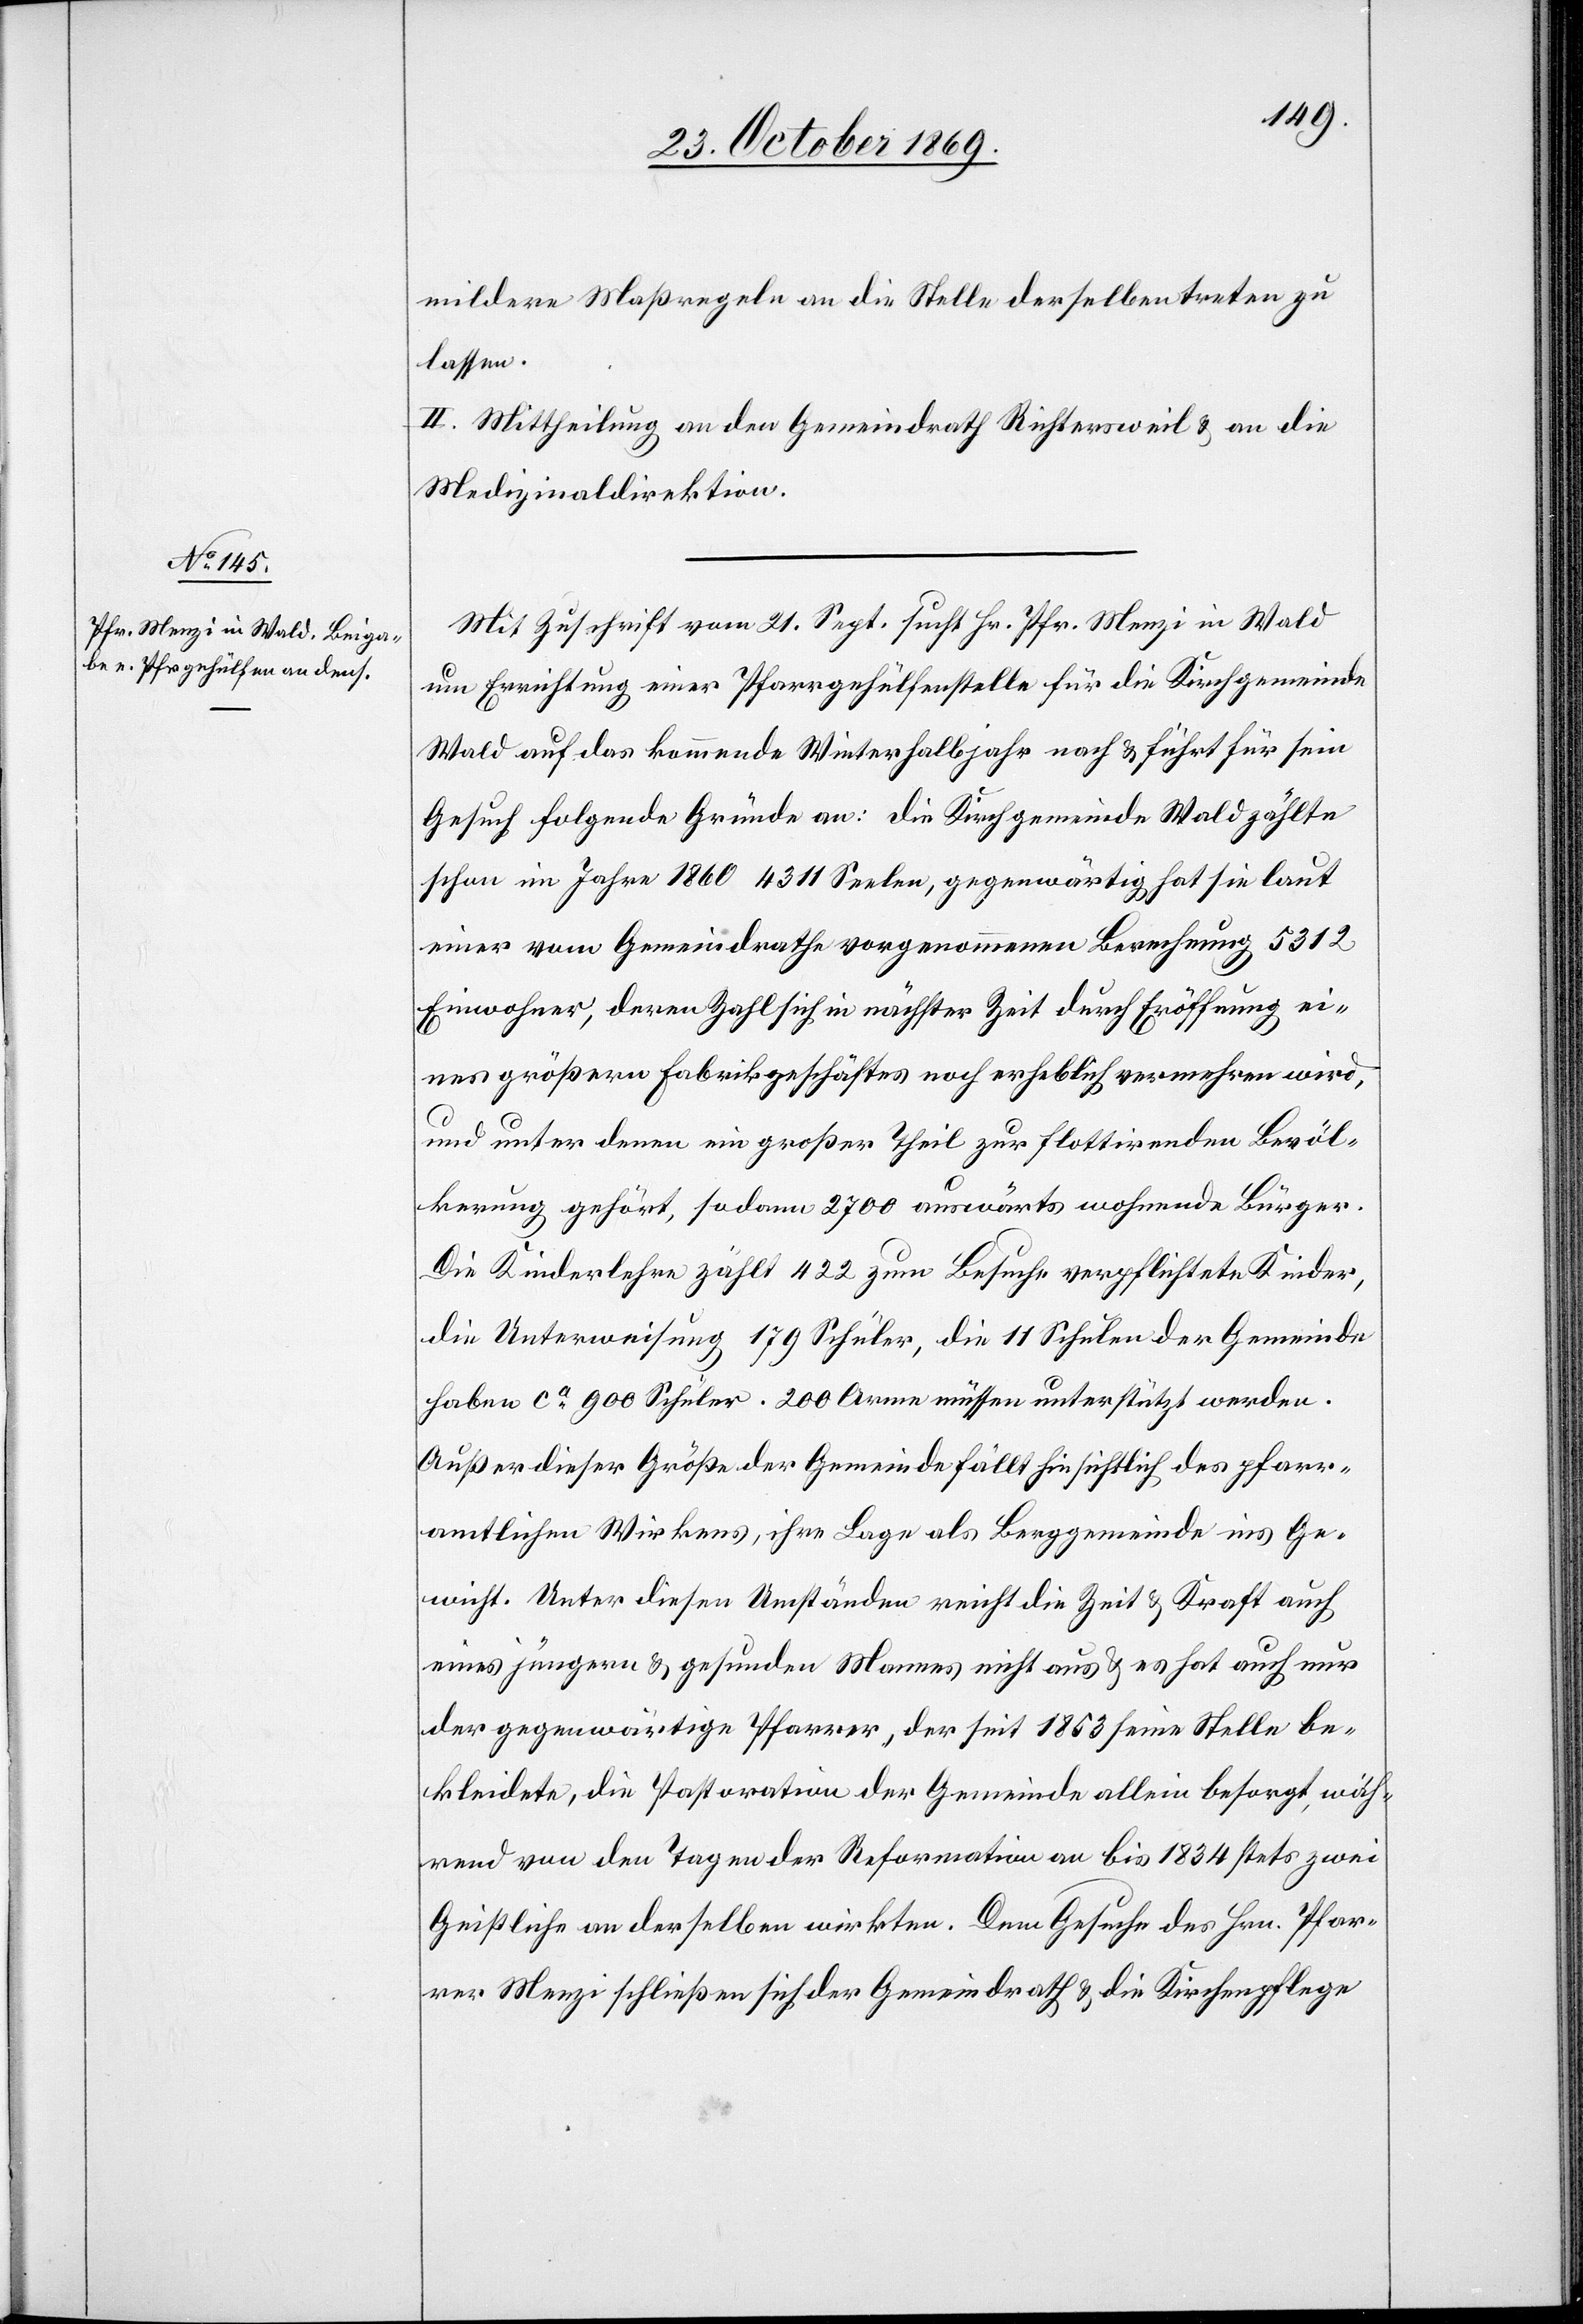
mildere Maßregeln an die Stelle derselben treten zu
lassen.
II. Mittheilung an den Gemeindrath Richtersweil & an die
Medizinaldirektion.
Mit Zuschrift vom 21. Sept. sucht Hr. Pfr. Menzi in Wald
um Errichtung einer Pfarrgehülfenstelle für die Kirchgemeinde
Wald auf das kommende Winterhalbjahr nach & führt für sein
Gesuch folgende Gründe an: Die Kirchgemeinde Wald zählte
schon im Jahre 1860 4311 Seelen, gegenwärtig hat sie laut
einer vom Gemeindrathe vorgenommenen Berechnung 5312
Einwohner, deren Zahl sich in nächster Zeit durch Eröffnung ei¬
nes größern Fabrikgeschäftes noch erheblich vermehren wird,
und unter denen ein großer Theil zur flottirenden Bevöl¬
kerung gehört, sodann 2700 auswärts wohnende Bürger.
Die Kinderlehre zählt 422 zum Besuche verpflichtete Kinder,
die Unterweisung 179 Schüler, die 11 Schulen der Gemeinde
haben ca 900 Schüler. 200 Arme müssen unterstützt werden.
Außer dieser Größe der Gemeinde fällt hinsichtlich des pfarr¬
amtlichen Wirkens, ihre Lage als Berggemeinde ins Ge¬
wicht. Unter diesen Umständen reicht die Zeit & Kraft auch
eines jüngern & gesunden Mannes nicht aus & es hat auch nur
der gegenwärtige Pfarrer, der seit 1853 seine Stelle be¬
kleidete, die Pastoration der Gemeinde allein besorgt, wäh¬
rend von den Tagen der Reformation an bis 1834 stets zwei
Geistliche an derselben wirkten. Dem Gesuche des Hrn. Pfar¬
rer Menzi schließen sich der Gemeindrath & die Kirchenpflege